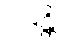
ဝဒန္တိ